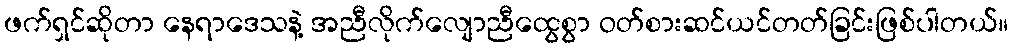
ဖက်ရှင်ဆိုတာ နေရာဒေသနဲ့ အညီလိုက်လျောညီထွေစွာ ဝတ်စားဆင်ယင်တတ်ခြင်းဖြစ်ပါတယ်။